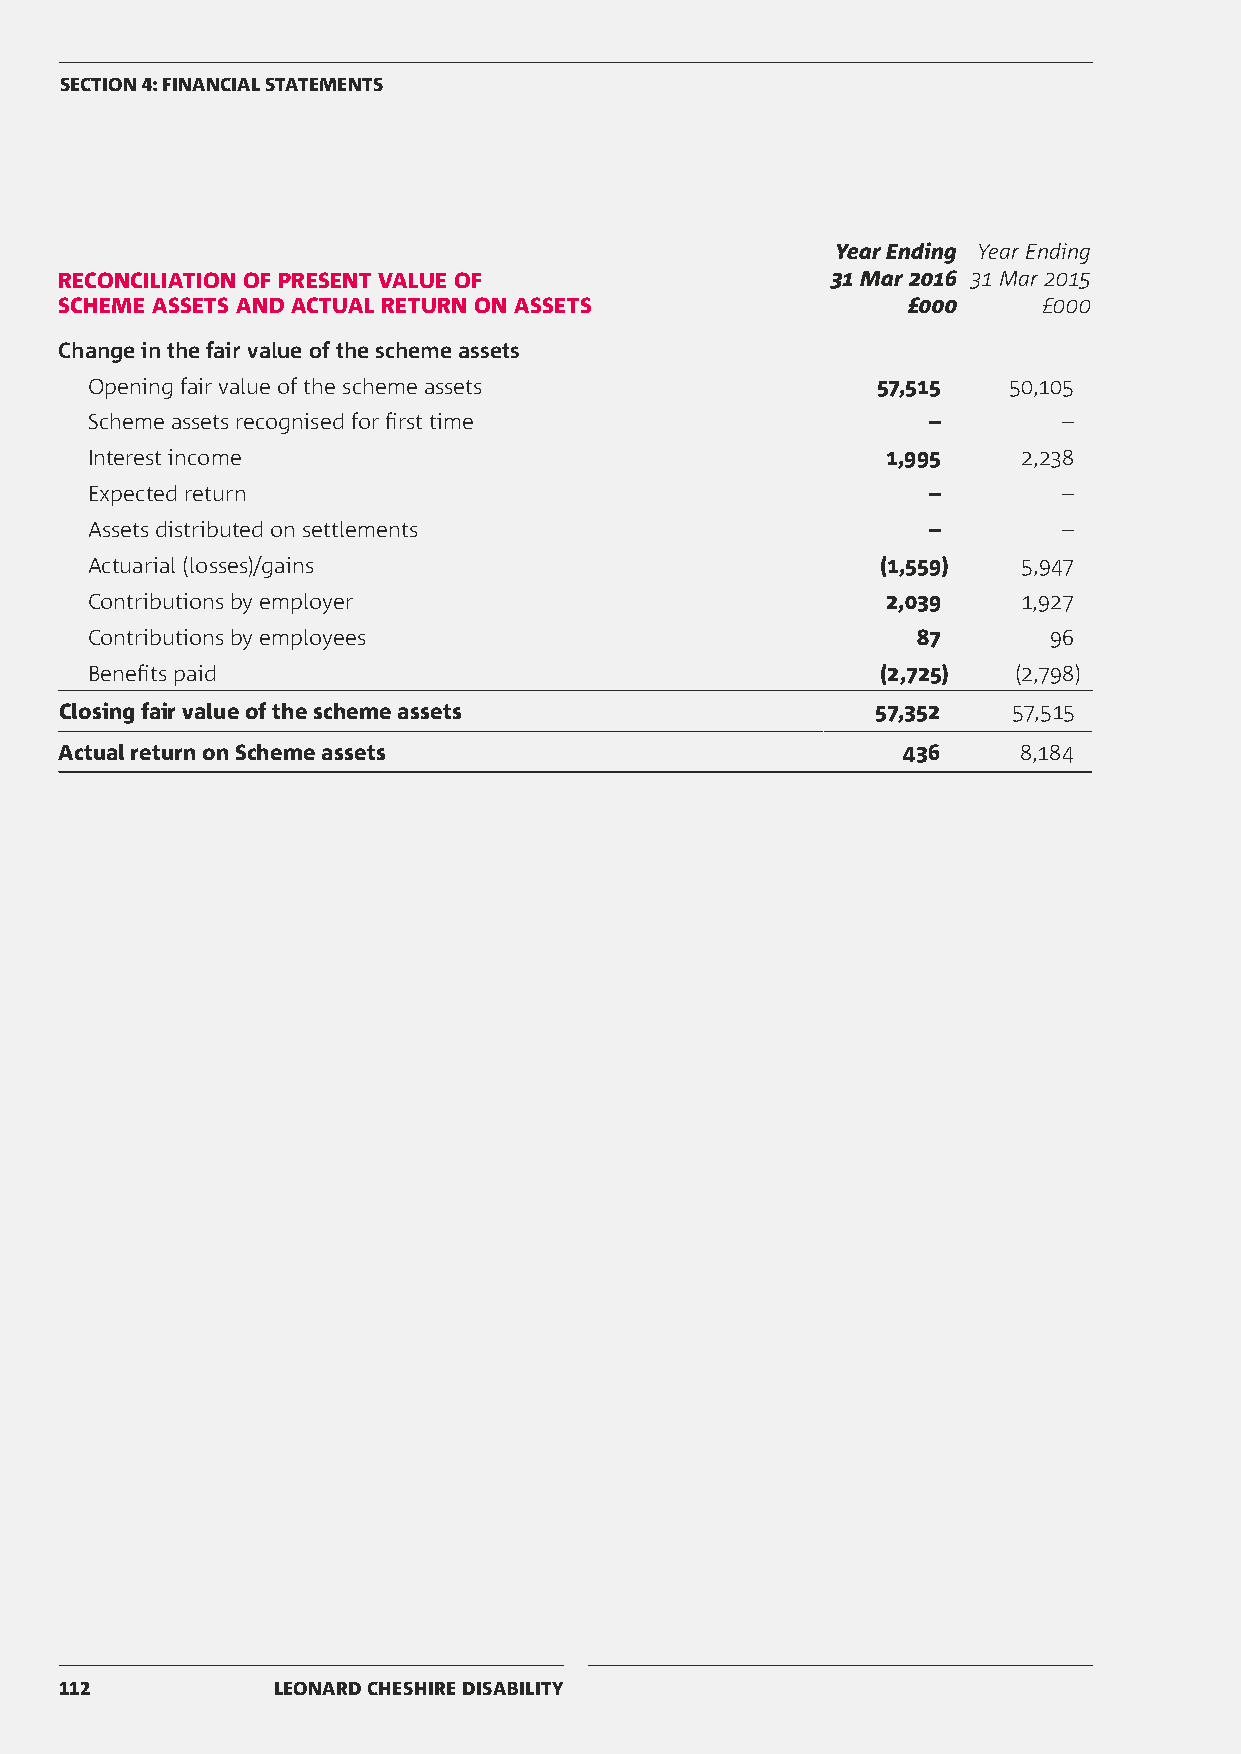
SECTION 4: FINANCIAL STATEMENTS
 Year Ending Year Ending
 RECONCILIATION OF PRESENT VALUE OF                 31 Mar 2016 31 Mar 2015
 SCHEME ASSETS AND ACTUAL RETURN ON ASSETS               £000     £000
 Change in the fair value of the scheme assets
 Opening fair value of the scheme assets             57,515   50,105
 Scheme assets recognised for first time                –        –
 Interest income                                      1,995    2,238
 Expected return                                        –        –
 Assets distributed on settlements                      –        –
 Actuarial (losses)/gains                            (1,559)   5,947
 Contributions by employer                            2,039    1,927
 Contributions by employees                             87      96
 Benefits paid                                       (2,725)  (2,798)
 Closing fair value of the scheme assets               57,352   57,515
 Actual return on Scheme assets                          436    8,184
 112           LEONARD CHESHIRE DISABILITY